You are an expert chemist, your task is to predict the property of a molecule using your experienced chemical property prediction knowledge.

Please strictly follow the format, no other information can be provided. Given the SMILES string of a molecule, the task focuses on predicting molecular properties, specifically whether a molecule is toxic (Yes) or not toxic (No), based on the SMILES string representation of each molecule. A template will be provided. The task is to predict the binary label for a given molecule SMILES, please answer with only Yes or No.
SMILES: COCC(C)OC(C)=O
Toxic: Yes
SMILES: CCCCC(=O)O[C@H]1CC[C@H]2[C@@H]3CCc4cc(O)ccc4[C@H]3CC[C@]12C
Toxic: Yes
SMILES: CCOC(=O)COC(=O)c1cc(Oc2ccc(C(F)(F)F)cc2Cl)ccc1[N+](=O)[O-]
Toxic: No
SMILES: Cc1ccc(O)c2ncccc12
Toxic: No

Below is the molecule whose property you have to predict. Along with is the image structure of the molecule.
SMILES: CCCCCCCCCCCCCCCC(=O)OCC(COC(=O)CCCCCCCCCCCCCCC)OC(=O)CCCCCCCCCCCCCCC
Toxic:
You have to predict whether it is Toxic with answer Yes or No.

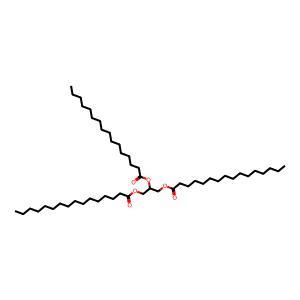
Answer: No